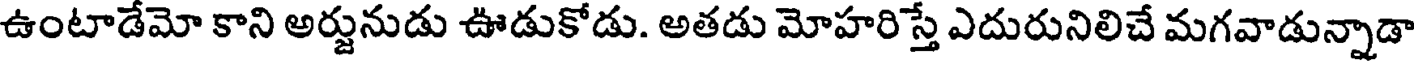
ఉంటాడేమో కాని అర్జునుడు ఊడుకోడు. అతడు మోహరిస్తే ఎదురునిలిచే మగవాడున్నాడా